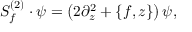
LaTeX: { \cal S } _ { f } ^ { ( 2 ) } \cdot \psi = \left( 2 \partial _ { z } ^ { 2 } + \{ f , z \} \right) \psi ,